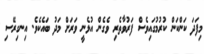
މިފަދަ ކަންކަން ކުރުމުގައިވެސް ފަރުވާތެރި ވެގެން އުޅެނީ ވަރަށް މަދު ބައެކެވެ. އިނގިރޭސި